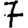
Digit: 7